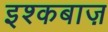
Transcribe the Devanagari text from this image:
इश्कबाज़